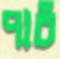
পাচঁ